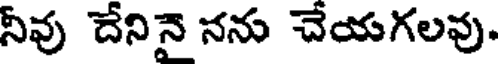
నీవు దేనినై నను చేయగలవు.